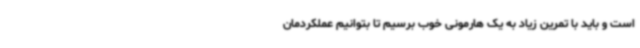
است و باید با تمرین زیاد به یک هارمونی خوب برسیم تا بتوانیم عملکردمان